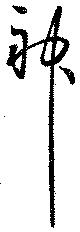
神